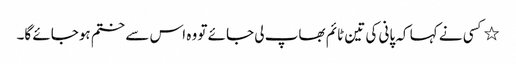
٭کسی نے کہا کہ پانی کی تین ٹائم بھاپ لی جائے تو وہ اس سے ختم ہوجائے گا۔